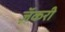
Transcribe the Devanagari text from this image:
ज़ॅकरी